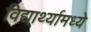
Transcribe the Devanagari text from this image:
विद्यार्थ्यामध्ये